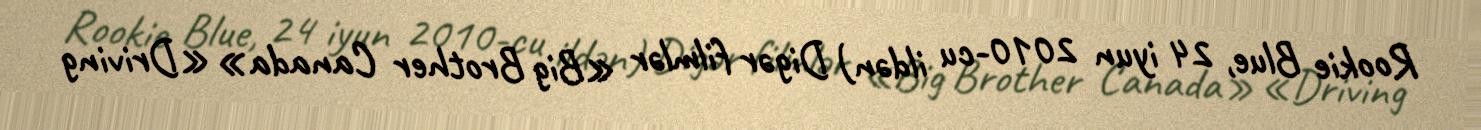
Rookie Blue, 24 iyun 2010-cu ildən) Digər filmlər «Big Brother Canada» «Driving